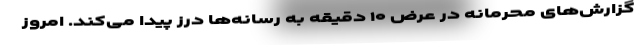
گزارش‌های محرمانه در عرض ۱۰ دقیقه به رسانه‌ها درز پیدا می‌کند. امروز